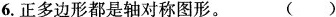
6.正多边形都是轴对称图形。 ()